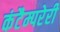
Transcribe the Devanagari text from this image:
कंटैम्परेरी